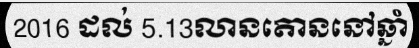
2016 ដល់ 5.13លានតោននៅឆ្នាំ